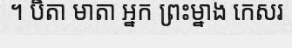
។ បិតា មាតា អ្នក ព្រះម្នាង កេសរ